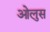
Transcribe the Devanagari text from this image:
ओलुस